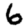
Digit: 6